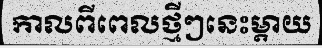
កាលពីពេលថ្មីៗនេះម្តាយ